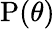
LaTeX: \operatorname{P}(\theta)